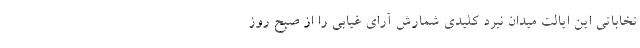
تخاباتی این ایالت میدان نبرد کلیدی شمارش آرای غیابی را از صبح روز